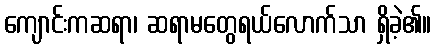
ကျောင်းကဆရာ၊ ဆရာမတွေရယ်လောက်သာ ရှိခဲ့၏။